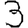
Digit: 3